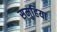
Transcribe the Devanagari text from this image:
समुहिया